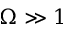
\Omega \gg 1